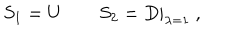
LaTeX: S _ { 1 } = U \qquad S _ { 2 } = D | _ { \lambda = 1 } \ ,